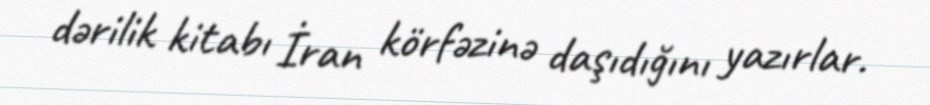
dərilik kitabı İran körfəzinə daşıdığını yazırlar.